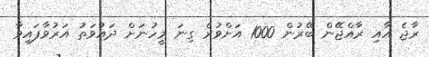
ރާޖެ އާއި ރާއްޖޭން ބޭރުން 1000 އަށްވުރެ ގިނަ މީހުނަށް ދައުވަތު އަރުވާފައިވާ